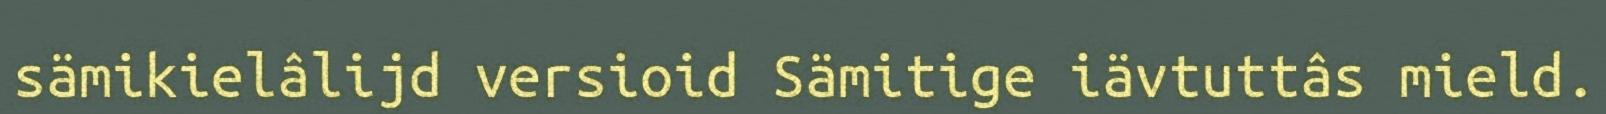
sämikielâlijd versioid Sämitige iävtuttâs mield.